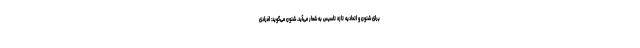
برای شنون و اتحادیه تازه تاسیس به شمار می‌آید. شنون می‌گوید: افرادی